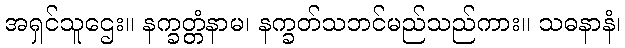
အရှင်သူဌေး။ နက္ခတ္တံနာမ၊ နက္ခတ်သဘင်မည်သည်ကား။ သဓနာနံ၊